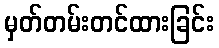
မှတ်တမ်းတင်ထားခြင်း